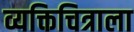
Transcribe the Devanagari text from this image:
व्यक्तिचित्राला